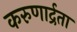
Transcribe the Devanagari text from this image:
करुणार्द्रता